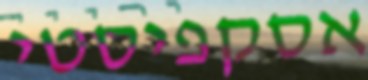
אסקפיסטי